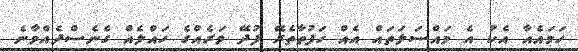
ހަމައެއާ އެކު އެ މައްސަލަތައް އެއް ހަފުތާތެރޭ ފުދޭ ވަރެއްގެ ހައްލެއް ގެނެސްދެއްވާނެ